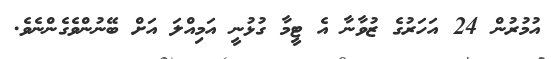
އުމުރުން 24 އަހަރުގެ ޒުވާނާ އެ ޓީމާ ގުޅުނީ އަމިއްލަ އަށް ބޭނުންވެގެންނެވެ.